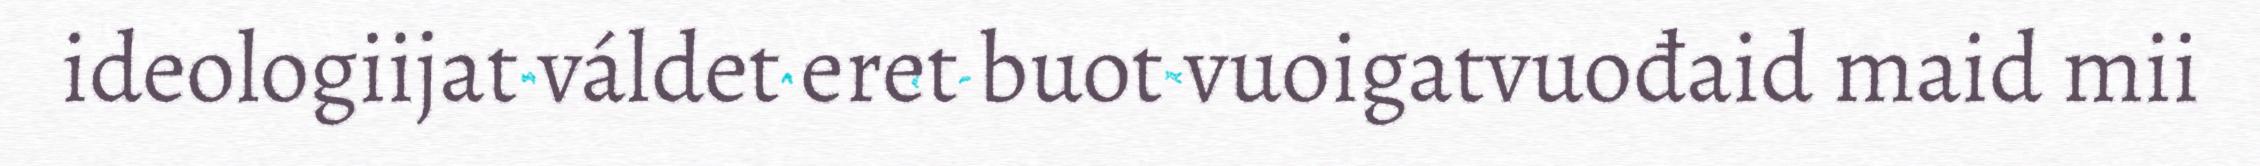
ideologiijat váldet eret buot vuoigatvuođaid maid mii